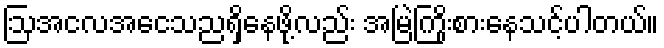
ဩအငလအေငသညရှိနေဖို့လည်း အမြဲကြိုးစားနေသင့်ပါတယ်။